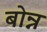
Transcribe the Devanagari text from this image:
बोन्न